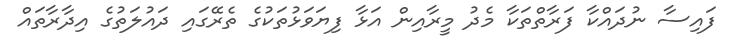
ފައިސާ ނުދައްކާ ފަރާތްތަކާ މެދު މީރާއިން އަޅާ ފިޔަވަޅުތަކުގެ ތެރޭގައި ދައުލަތުގެ އިދާރާތައް